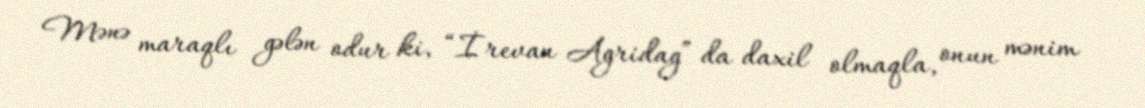
Mənə maraqlı gələn odur ki, “İrevan Agridag” da daxil olmaqla, onun mənim